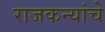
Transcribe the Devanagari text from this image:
राजकन्यांचे